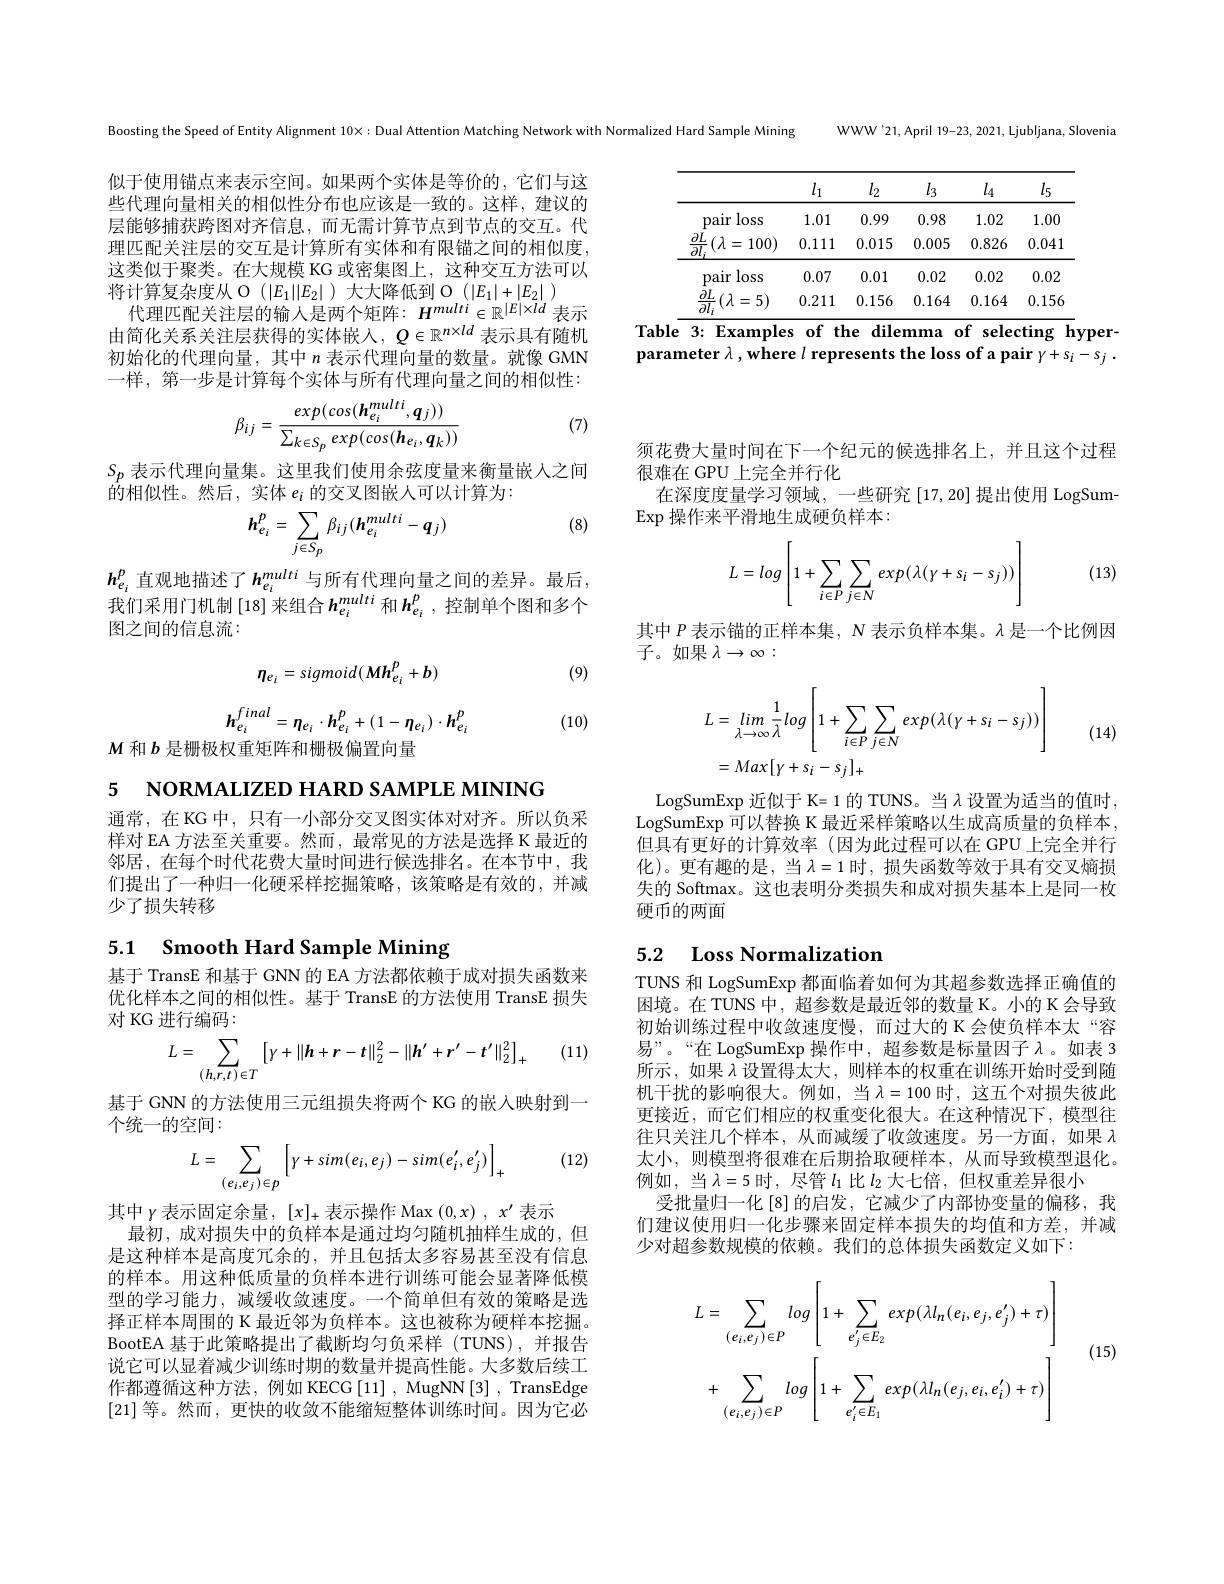
WWW'21,April 19-23, 2021, Ljubljana, Slovenia

Boosting the Speed of Entity Alignment $10\times:$ Dual Attention Matching Network with Normalized Hard Sample Mining

<table>
	<tbody>
		<tr>
			<th> </th>
			<th>$l_1$</th>
			<th>$l_2$</th>
			<th>$l_3$</th>
			<th>$l_4$</th>
			<th>$l_5$</th>
		</tr>
		<tr>
			<td>loss pair</td>
			<td>1.01</td>
			<td>0.99</td>
			<td>0.98</td>
			<td>1.02</td>
			<td>1.00</td>
		</tr>
		<tr>
			<td>$\underline{\partial L}$ $:(\lambda=$ 100) $\overline{\partial l_{i}}$ </td>
			<td>0.111</td>
			<td>0.015</td>
			<td>0.005</td>
			<td>0.826</td>
			<td>0.041</td>
		</tr>
		<tr>
			<td>loss pair</td>
			<td>0.07</td>
			<td>0.01</td>
			<td>0.02</td>
			<td>0.02</td>
			<td>0.02</td>
		</tr>
		<tr>
			<td>$\frac{\partial L}{\partial l_{i}}(\lambda=5)$</td>
			<td>0.211</td>
			<td>0.156</td>
			<td>0.164</td>
			<td>0.164</td>
			<td>$0.15\epsilon$</td>
		</tr>
	</tbody>
</table>
Table $\overline{3:\text{Examples of the dilemma of selecting h}}$yper-

似于使用锚点来表示空间。如果两个实体是等价的，它们与这些代理向量相关的相似性分布也应该是一致的。这样，建议的层能够捕获跨图对齐信息，而无需计算节点到节点的交互。代理匹配关注层的交互是计算所有实体和有限锚之间的相似度， 这类似于聚类。在大规模 KG 或密集图上，这种交互方法可以将计算复杂度从 O $(|E_1||E_2|$ )大大降低到 O $(|E_1|+|E_2|$ )
代理匹配关注层的输入是两个矩阵：$H^multi\in\mathbb{R}^{|E|\times ld}$表示由简化关系关注层获得的实体嵌入$,Q\in\mathbb{R}^{n\times ld}$表示具有随机初始化的代理向量，其中$n$表示代理向量的数量。就像 GMN 一样，第一步是计算每个实体与所有代理向量之间的相似性：

parameter $\lambda$,where $l$ represents the loss of a pair $y+s_i-s_j.$
$$\beta_{ij}=\frac{exp(cos(\boldsymbol{h}_{e_i}^{multi},\boldsymbol{q}_j))}{\sum_{k\in S_p}exp(cos(\boldsymbol{h}_{e_i},\boldsymbol{q}_k))}$$
(7)

$S_p$表示代理向量集。这里我们使用余弦度量来衡量嵌人之间
的相似性。然后，实体$e_i$的交叉图嵌人可以计算为：
$$\boldsymbol{h}_{e_i}^p=\sum_{j\in S_p}\beta_{ij}(\boldsymbol{h}_{e_i}^{multi}-\boldsymbol{q}_j)$$
须花费大量时间在下一个纪元的候选排名上，并且这个过程
很难在 GPU 上完全并行化
在深度度量学习领域，一些研究[17,20]提出使用 LogSum-
$\operatorname{Exp}$操作来平滑地生成硬负样本：

(8)

(13)
$$L=log\left[1+\sum\limits_{i\in P}\sum\limits_{j\in N}exp(\lambda(\gamma+s_i-s_j))\right]$$
$h_{e_i}^p$ 直观地描述了$h_e_i^{multi}$ 与所有代理向量之间的差异。最后， 我们采用门机制[18]来组合$h_{e_i}^{multi}$ 和$h_{e_i}^p$,控制单个图和多个图之间的信息流：

其中$P$表示锚的正样本集，$N$表示负样本集。$\lambda$是一个比例因
子。如果$\lambda\to\infty:$

(9)
$$\eta_{e_i}=sigmoid(Mh_{e_i}^p+b)$$
$$h_{e_{i}}^{final}=\eta_{e_{i}}\cdot h_{e_{i}}^{p}+(1-\eta_{e_{i}})\cdot h_{e_{i}}^{p}$$
(10)
$$\begin{aligned}\text{L}&=\lim_{\lambda\to\infty}\frac{1}{\lambda}log\left[1+\sum_{i\in P}\sum_{j\in N}exp(\lambda(\gamma+s_{i}-s_{j}))\right]\\&=Max[\gamma+s_{i}-s_{j}]_{+}\end{aligned}$$
$M$和$b$是栅极权重矩阵和栅极偏置向量

5 NORMALIZED HARD SAMPLE MINING

LogSumExp 近似于 K= 1 的 TUNS。当$\lambda$设置为适当的值时， LogSumExp 可以替换 K 最近采样策略以生成高质量的负样本， 但具有更好的计算效率 (因为此过程可以在 GPU 上完全并行化)。更有趣的是，当$\lambda=1$时，损失函数等效于具有交叉熵损失的 Softmax。这也表明分类损失和成对损失基本上是同一枚硬币的两面

通常，在KG中，只有一小部分交叉图实体对对齐。所以负采样对 EA 方法至关重要。然而，最常见的方法是选择 K 最近的邻居，在每个时代花费大量时间进行候选排名。在本节中，我们提出了一种归一化硬采样挖掘策略，该策略是有效的，并减少了损失转移

# 5.1 Smooth Hard Sample Mining

## 5.2 Loss Normalization

基于 TransE 和基于 GNN 的 EA 方法都依赖于成对损失函数来优化样本之间的相似性。基于 TransE 的方法使用 TransE 损失对 KG 进行编码：
$$L=\sum_{(h,r,t)\in T}\left[\gamma+\|\boldsymbol{h}+\boldsymbol{r}-\boldsymbol{t}\|_{2}^{2}-\|\boldsymbol{h}'+\boldsymbol{r}'-\boldsymbol{t}'\|_{2}^{2}\right]_{+}$$
(11)

TUNS 和 LogSumExp 都面临着如何为其超参数选择正确值的困境。在 TUNS 中，超参数是最近邻的数量 K。小的 K 会导致初始训练过程中收敛速度慢，而过大的 K 会使负样本太“容易”。“在 LogSumExp 操作中，超参数是标量因子$\lambda$。如表 3所示，如果$\lambda$设置得太大，则样本的权重在训练开始时受到随机干扰的影响很大。例如，当$\lambda=100$ 时，这五个对损失彼此更接近，而它们相应的权重变化很大。在这种情况下，模型往往只关注几个样本，从而减缓了收敛速度。另一方面，如果$\lambda$ 太小，则模型将很难在后期拾取硬样本，从而导致模型退化。例如，当$\lambda=5$时，尽管$l_1$比$l_2$大七倍，但权重差异很小
受批量归一化[8]的启发，它减少了内部协变量的偏移，我们建议使用归一化步骤来固定样本损失的均值和方差，并减少对超参数规模的依赖。我们的总体损失函数定义如下：

基于 GNN 的方法使用三元组损失将两个 KG 的嵌人映射到一
个统一的空间：
$$L=\sum_{(e_i,e_j)\in p}\left[\gamma+sim(e_i,e_j)-sim(e_i',e_j')\right]_{+}$$
(12)

其中$\gamma$表示固定余量$,[x]_+$表示操作 Max $(0,x),x^\prime$表示
最初，成对损失中的负样本是通过均匀随机抽样生成的，但是这种样本是高度冗余的，并且包括太多容易甚至没有信息的样本。用这种低质量的负样本进行训练可能会显著降低模型的学习能力，减缓收敛速度。一个简单但有效的策略是选择正样本周围的 K 最近邻为负样本。这也被称为硬样本挖掘。BootEA 基于此策略提出了截断均匀负采样(TUNS),并报告说它可以显着减少训练时期的数量并提高性能。大多数后续工作都遵循这种方法，例如 KECG[11] , MugNN[3] , TransEdge [21]等。然而，更快的收敛不能缩短整体训练时间。因为它必
$$L=\sum_{(e_{i},e_{j})\in P}log\left[1+\sum_{e_{j}^{'}\in E_{2}}exp(\lambda l_{n}(e_{i},e_{j},e_{j}^{\prime})+\tau)\right]\\+\sum_{(e_{i},e_{j})\in P}log\left[1+\sum_{e_{i}^{'}\in E_{1}}exp(\lambda l_{n}(e_{j},e_{i},e_{i}^{\prime})+\tau)\right]$$
(15)